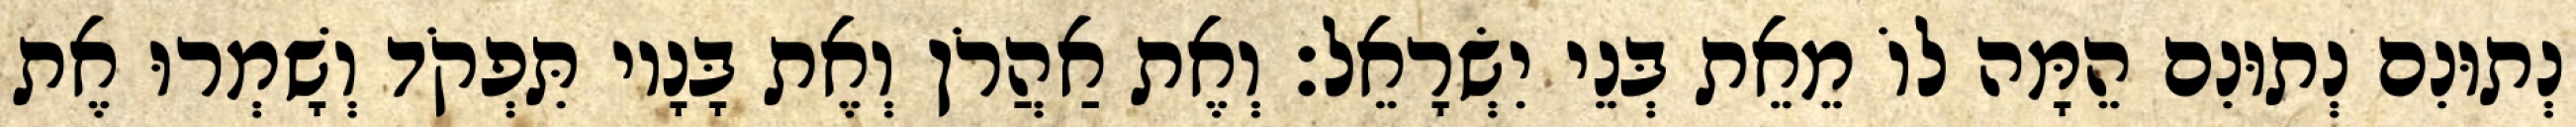
נְתוּנִם נְתוּנִם הֵמָּה לוֹ מֵאֵת בְּנֵי יִשְׂרָאֵל׃ וְאֶת אַהֲרֹן וְאֶת בָּנָיו תִּפְקֹד וְשָׁמְרוּ אֶת